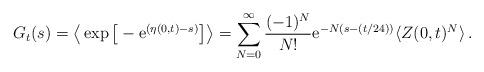
LaTeX: \begin{align*}G_t(s) = \big\langle \exp{\big[-\mathrm{e}^{(\eta(0,t) - s )}\big]} \big\rangle = \sum_{N=0}^\infty \frac{(-1)^N}{N!} \mathrm{e}^{ -N(s -(t/24))}\langle Z(0,t)^N\rangle\,.\end{align*}